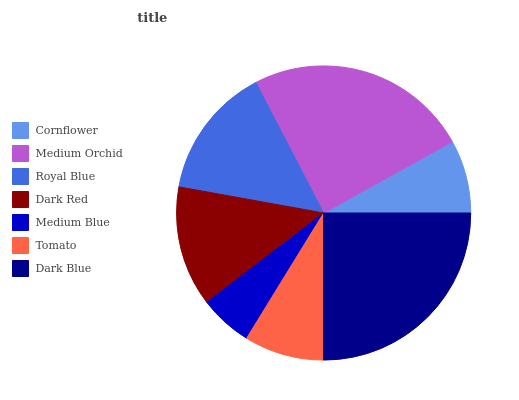
| Cornflower | Medium Orchid | Royal Blue | Dark Red | Medium Blue | Tomato | Dark Blue |
 | --- | --- | --- | --- | --- | --- | --- |
 | 8.06% | 24.5% | 14.5% | 13.2% | 5.85% | 8.78% | 25% |